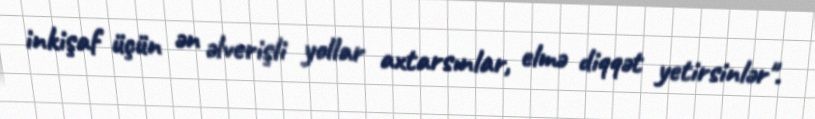
inkişaf üçün ən əlverişli yollar axtarsınlar, elmə diqqət yetirsinlər".